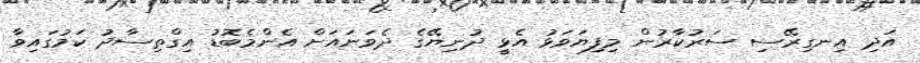
އަދި އިނގިރޭސި ސަރުކާރުން މިފިޔަވަޅު އެޅީ ދުނިޔޭގެ ދެވަނައަށް އެންމެބޮޑު އިގްތިސާދު ކަމުގައިވާ